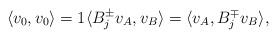
LaTeX: \begin{align*}\langle v_0,v_0\rangle =1 \langle B_j^\pm v_A, v_B\rangle = \langle v_A, B_j^\mp v_B\rangle,\end{align*}